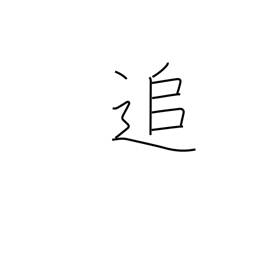
Meaning: meanwhile